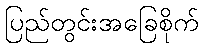
ပြည်တွင်းအခြေစိုက်